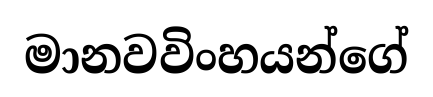
මානවවිංහයන්ගේ